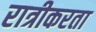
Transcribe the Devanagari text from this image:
रात्रीकरता